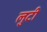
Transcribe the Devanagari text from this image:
लुटी